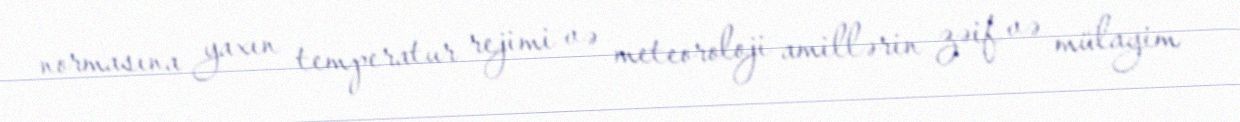
normasına yaxın temperatur rejimi və meteoroloji amillərin zəif və mülayim